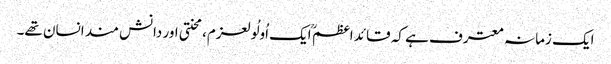
ایک زمانہ معترف ہے کہ قائد اعظم ؒ ایک اُولُولعزم،محنتی اور دانش مند انسان تھے۔